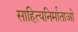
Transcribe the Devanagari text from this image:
साहित्यनिर्माताओं